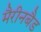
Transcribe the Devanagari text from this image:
मैरीनबैड